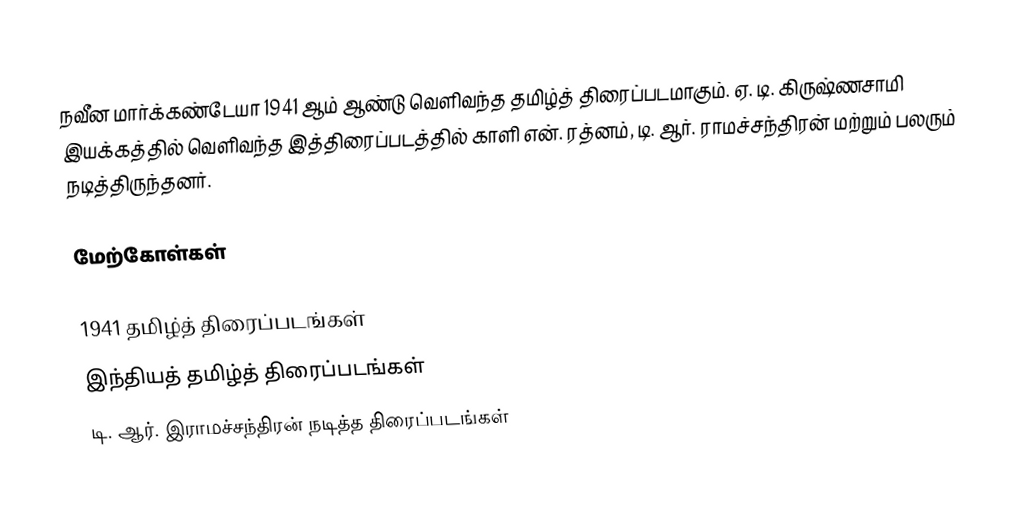
நவீன மார்க்கண்டேயா 1941 ஆம் ஆண்டு வெளிவந்த தமிழ்த் திரைப்படமாகும். ஏ. டி. கிருஷ்ணசாமி இயக்கத்தில் வெளிவந்த இத்திரைப்படத்தில் காளி என். ரத்னம், டி. ஆர். ராமச்சந்திரன் மற்றும் பலரும் நடித்திருந்தனர்.

மேற்கோள்கள்

1941 தமிழ்த் திரைப்படங்கள்
இந்தியத் தமிழ்த் திரைப்படங்கள்
டி. ஆர். இராமச்சந்திரன் நடித்த திரைப்படங்கள்